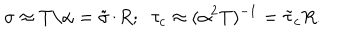
LaTeX: \sigma \approx T / \alpha = \tilde { \sigma } / R ; \; \; \tau _ { c } \approx ( \alpha ^ { 2 } T ) ^ { - 1 } = \tilde { \tau } _ { c } R .